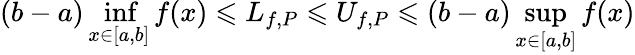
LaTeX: (b-a)\operatorname*{inf}_{x\in[a,b]}f(x)\leqslant L_{f,P}\leqslant U_{f,P}\leqslant(b-a)\operatorname*{sup}_{x\in[a,b]}f(x)